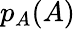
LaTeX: p_{A}(A)